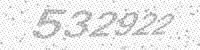
Solution: 532922